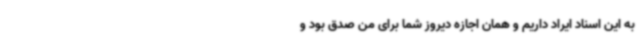
به این اسناد ایراد داریم و همان اجازه دیروز شما برای من صدق بود و